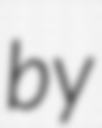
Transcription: by